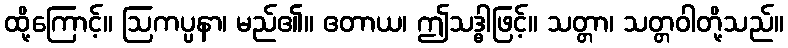
ထို့ကြောင့်။ ဩကပ္ပနာ၊ မည်၏။ ဧတာယ၊ ဤသဒ္ဓါဖြင့်။ သတ္တာ၊ သတ္တဝါတို့သည်။